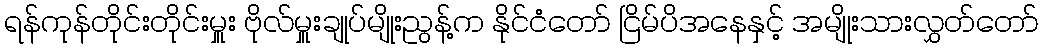
ရန်ကုန်တိုင်းတိုင်းမှူး ဗိုလ်မှူးချုပ်မျိုးညွန့်က နိုင်ငံတော် ငြိမ်ပိအနေနှင့် အမျိုးသားလွှတ်တော်